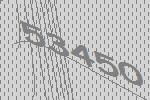
53450